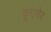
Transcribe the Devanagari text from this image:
क्रूएगेर